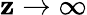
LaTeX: \mathbf{z}\rightarrow\infty